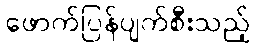
ဖောက်ပြန်ပျက်စီးသည့်